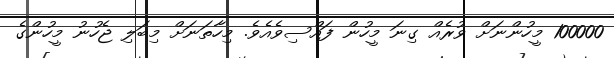
100000 މީހުންނަށް ވުރެއް ގިނަ މީހުން ފައްސިވެއެވެ. މިހާތަނަށް މިބަލި ޖެހުނު މީހުންގެ